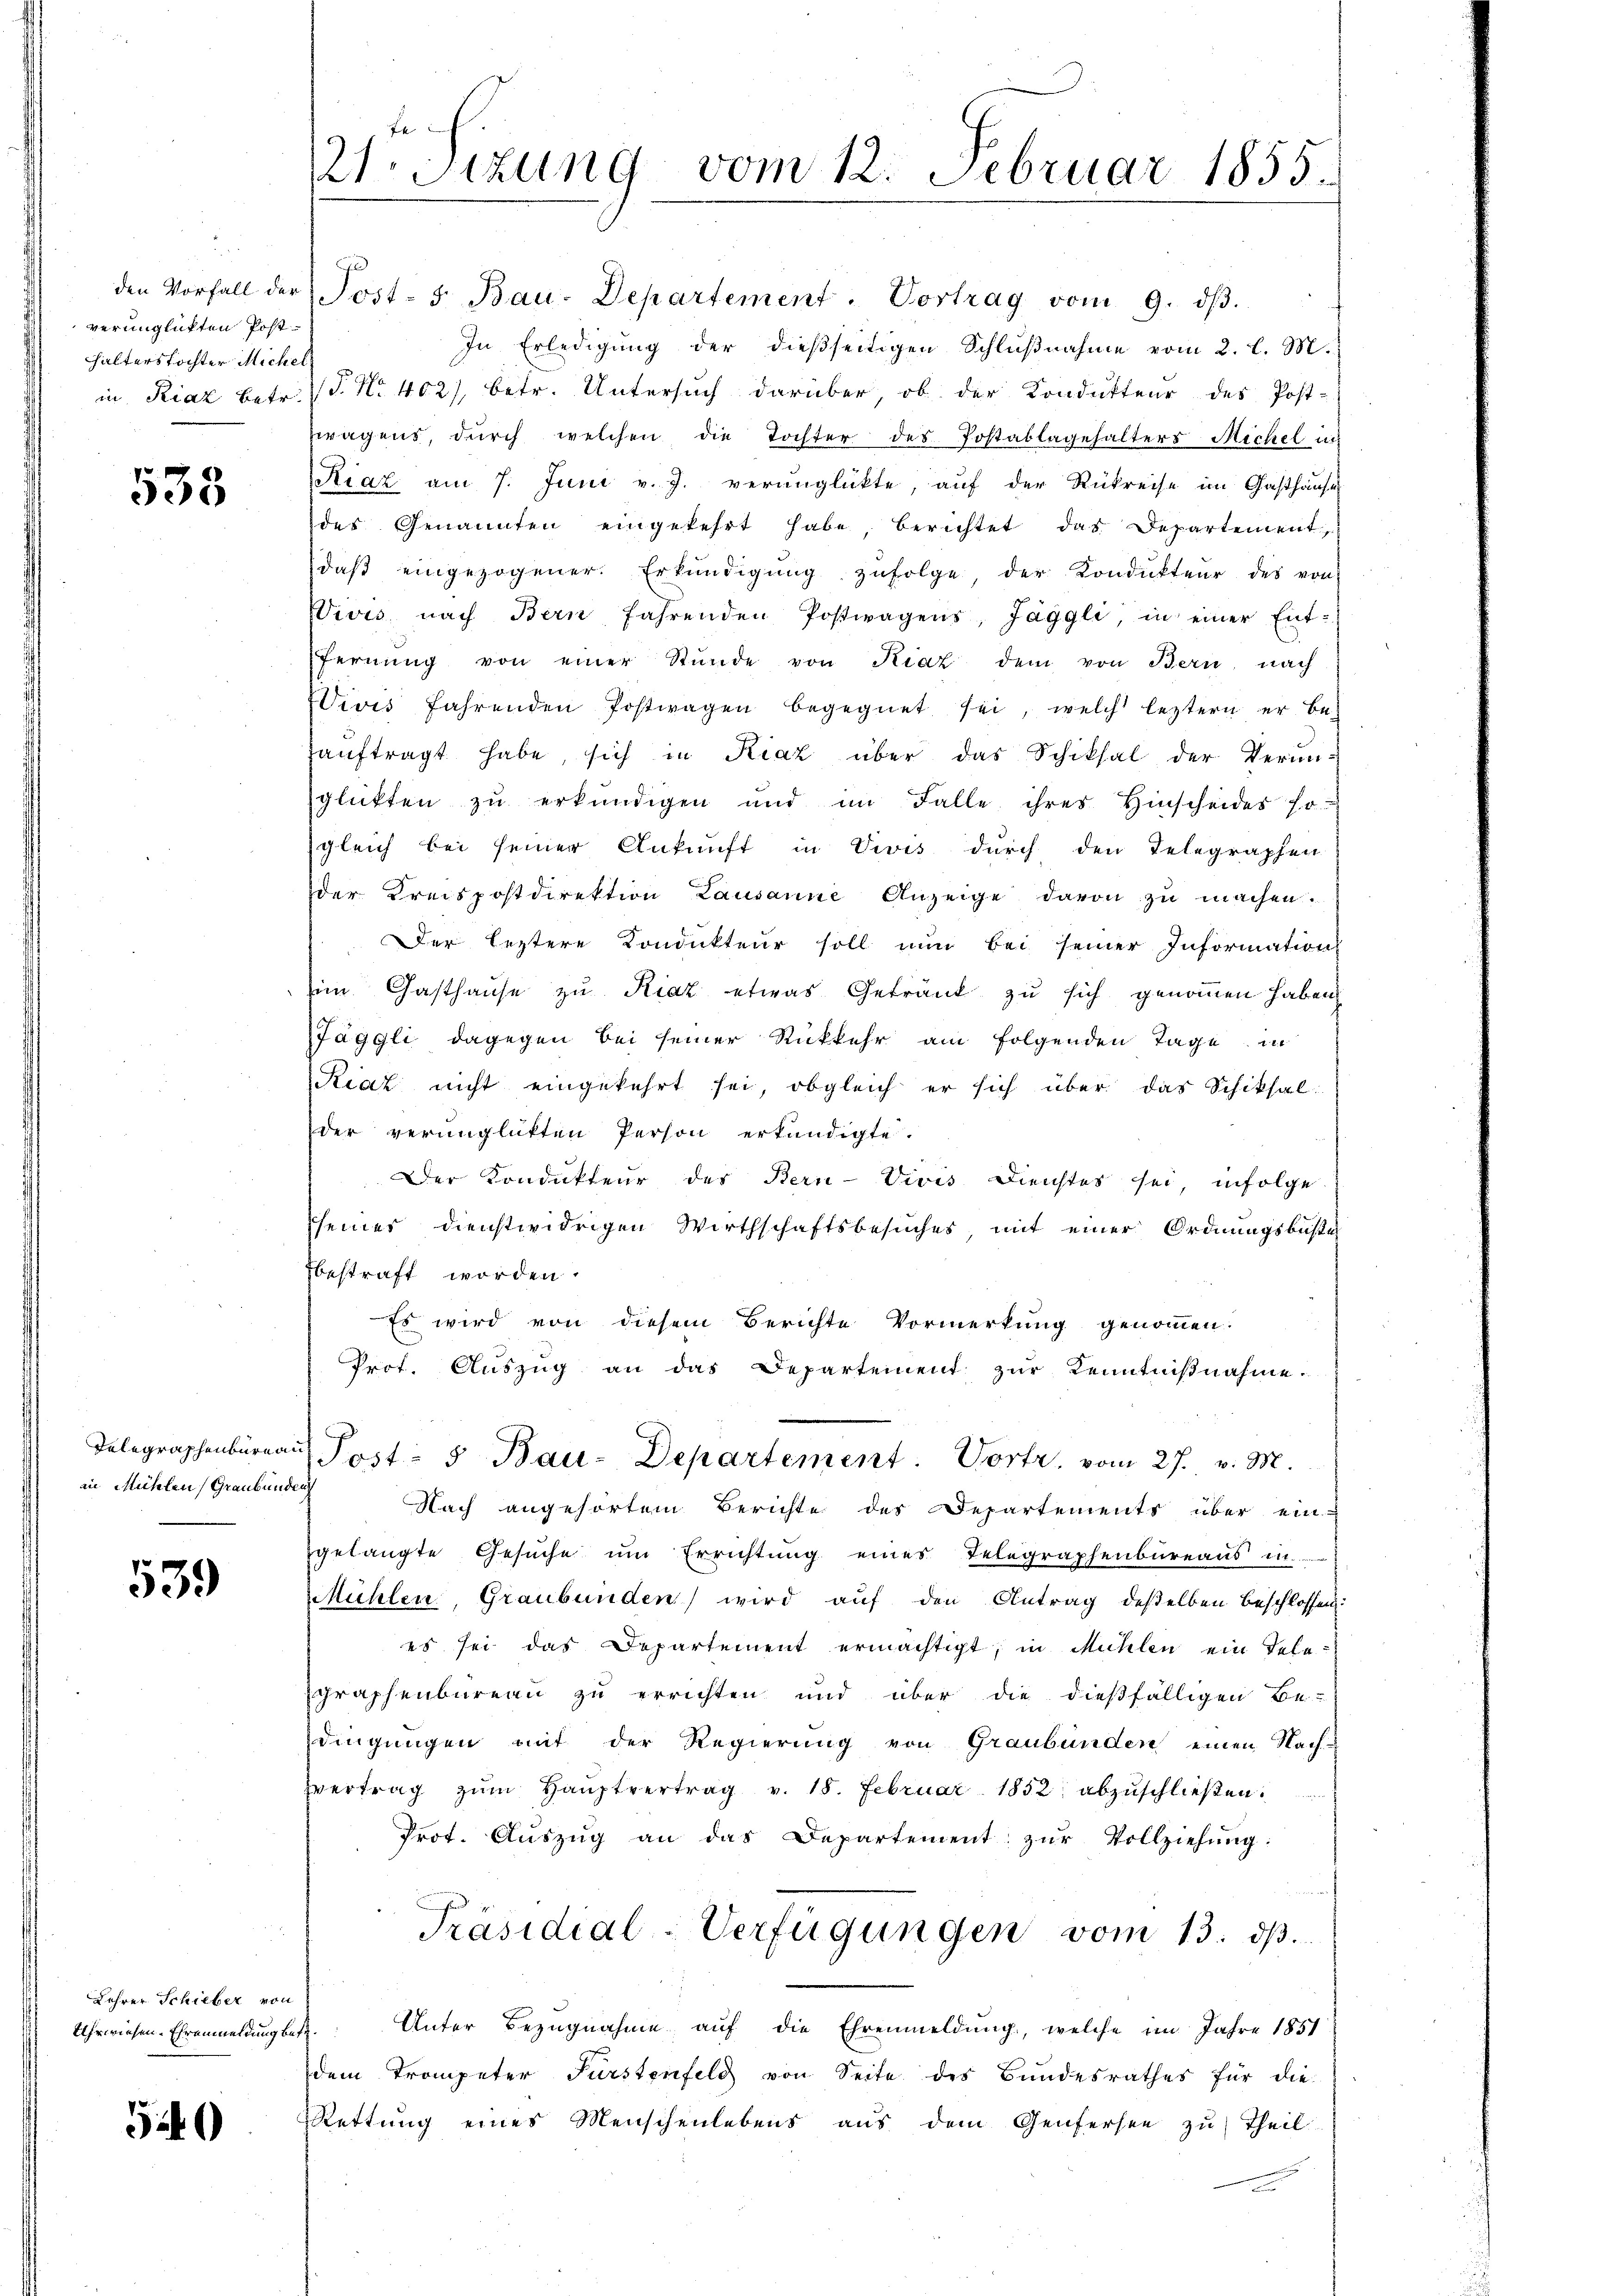
verunglückten Posthalterstochter Michel

533

Telegraphenbureau
in Mühlen Graubünden

539

Lehrer Schieber von
Uhrwiesen. Ehrenmeldung betr

520

21. Sizung vom 12. Februar 1855.

den Vorfall der Post- 5. Bau-Departement. Vortrag vom 9. dβ.
In Erledigung der dießseitigen Schlußnahme vom 2. l. M.
in Riaz betr. P. Nr. 402/, betr. Untersuch darüber, ob der Kondukteur des Post-
fragens, dŭrch welchen die Tochter des Postablagehalters Michel in
Riaz am 7. Juni v. J. verunglückte, auf der Rükreise im Gasthause
des Genannten eingekehrt habe, berichtet das Departement,
daβ eingezogener. Erkundigŭng zŭfolge, der Kondŭkteŭr des von
Wivis nach Bern fahrenden Postwagens, Jäggli, in einer Entfernŭng von einer Stŭnde von Kiat dem von Bern, nach
Vivis fahrenden Postwagen begegnet sei, welch leztern er be-
auftragt habe, sich in Kraz über das Schiksal der Verun-
glükten zu erkundigen und im Falle ihres Hinscheides so
gleich bei seiner Ankunft in Vivis durch den Telegraphen
der Kreispostdirektion Lausanne Anzeige davon zu machen.
Der leztere Kondukteur soll nun bei seiner Informations
im Gasthaŭse zu Riaz etwas Getrank zu sich genommen haben.
Jäggli dagegen bei seiner Rückkehr am folgenden Tage in
Riaz nicht eingekehrt sei, obgleich er sich über das Schiksal
der verunglükten Person erkundigte.
Der Kondukteur des Bern-Vivis Dienstes sei, infolge
sseines dienstwidrigen Wirthschaftsbesuches, mit einer Ordnungsbüste
fbestraft worden.
Es wird von diesem Berichte Vormerkung genommen:
Prot. Auszug an das Departement zur Kenntnißnahme.
Post- 5 Bau-Departement. Vortr. vom 27. v. M.
Nach angehörtem Berichte des Departements über ein-
gelangte Gesŭche ŭm Errichtŭng eines Telegraphenbüreaŭs in
Mühlen, Graubünden wird aŭf den Antrag deßelben beschlossen:
es sei das Departement ermächtigt, in Mühlen ein Tele-
graphenbureau zu errichten und über die dießfälligen Be-
dingungen mit der Regierung von Graubünden einen Nach-
vertrag zŭm Hauptvertrag v. 18. Februar 1852 abzuschließen.
Prot. Aŭszŭg an das Departement zŭr Vollziehung:
Präsidial-Verfügungen vom 13. d.
Unter Bezugnahme auf die Ehrenmeldung, welche im Jahre 1851
dem Trompeter Fürstenfeld von Seite des Bundesrathes für die
Rettung eines Menschenlebens aus dem Genfersee zu Theil